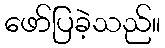
ဖော်ပြခဲ့သည်။